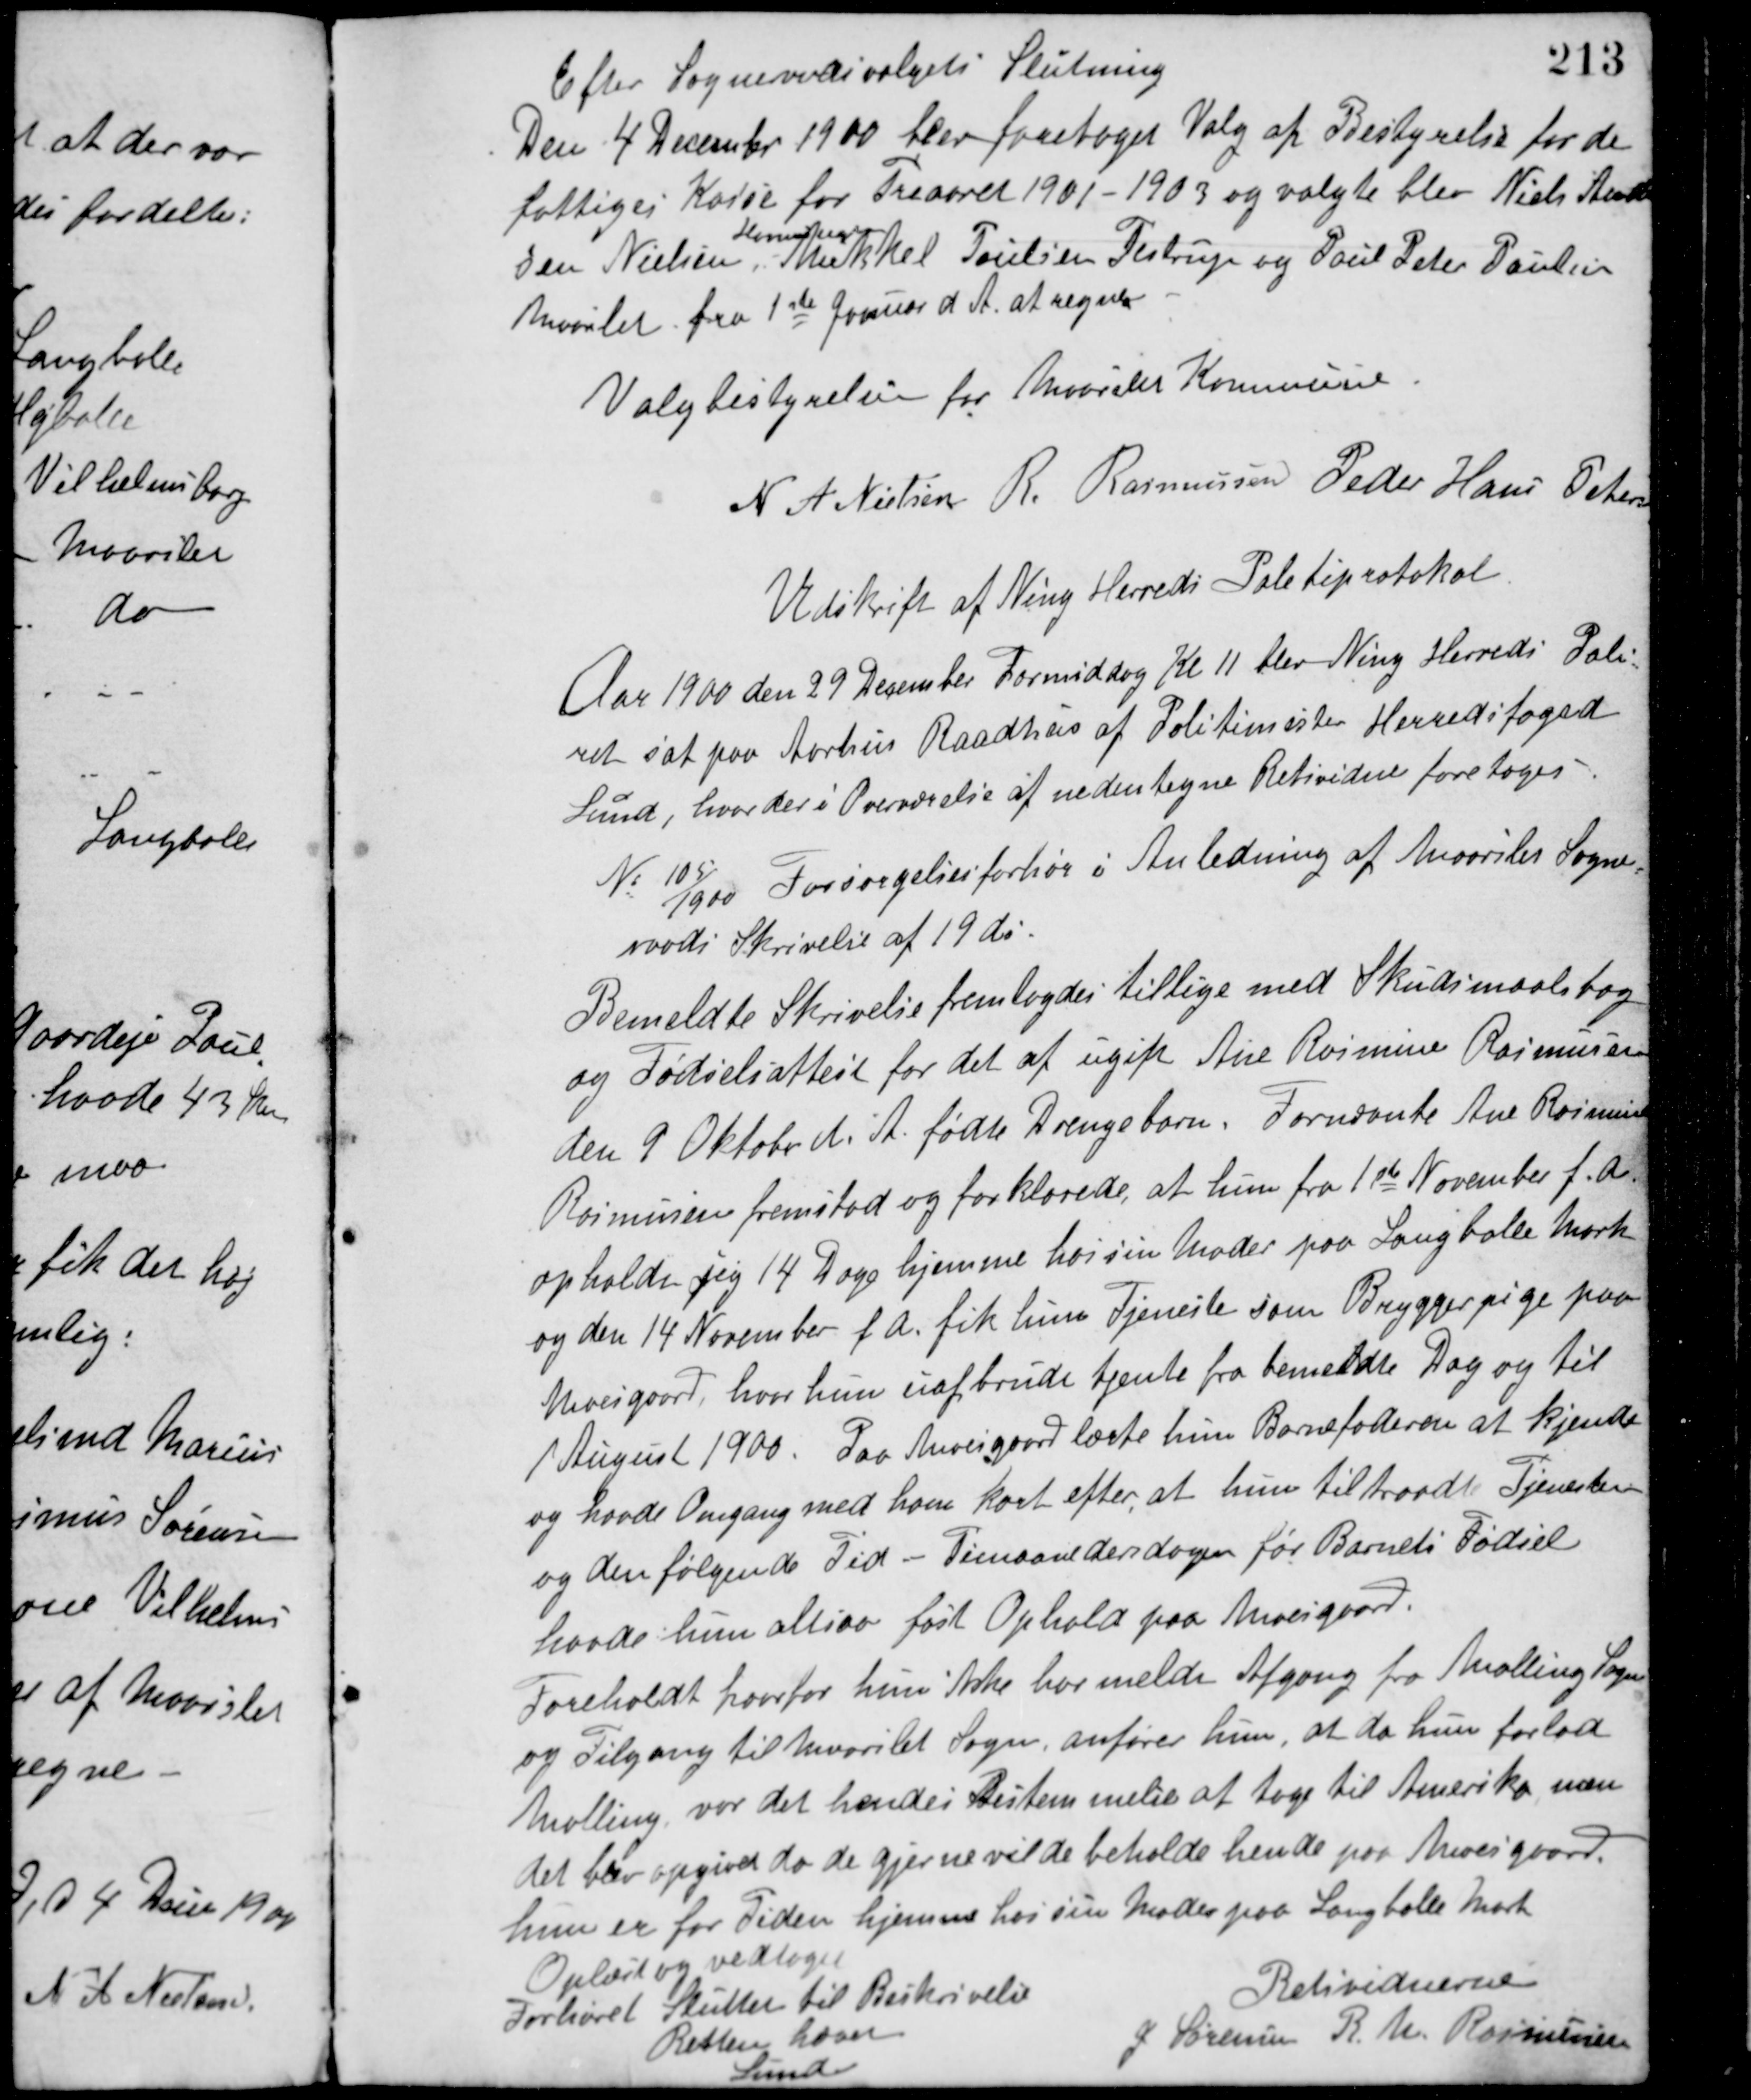
Transskription:
Efter Sogneraadsvalgets Slutning
Den 4 December 1900 blev foretaget Valg af Bestyrelse for de
fattiges Kasse for Treaaret 1901 -1903 og valgte blev Niels Ander-
sen Nielsen,
Kornhandler
Mikkel Poulsen Testrup og Poul Peter Poulsen
Maarslet fra 1ste Januar d A at regne.
Valgbestyrelsen for Maarslet Kommune
N A Nielsen R. Rasmussen Peder Hans Petersen
Udskrift af Ning Herreds Politiprotokol
Aar 1900 den 29 December Formiddag Kl 11 blev Ning Herreds Poli-
ret sat paa Aarhus Raadhus af Politimester Herredsfoged
Lund, hvor der i Overværelse af nedentegne Retsvidne foretoges
No 105/1900 Forsørgelsesforhør i Anledning af Maarslet Sogne-
raads Skrivelse af 19 ds.
Bemeldte Skrivelse fremlagdes tillige med Skudsmaalsbog
og Fødselsattest for det af ugift Ane Rasmine Rasmussen
den 9 Oktober d. A. fødte Drengebarn. Fornævnte Ane Rasmine
Rasmussen fremstod og forklarede, at hun fra 1ste November f. A.
opholdt sig 14 Dage hjemme hos sin Moder paa Langballe Mark
og den 14 November f A. fik hun Tjeneste som Bryggerpige paa
Moesgaard, hvor hun uafbrudt tjente fra bemeldte Dag og til
1 August 1900. Paa Moesgaard lærte hun Barnefaderen at kjende
og havde Omgang med ham kort efter, at hun tiltraadte Tjenesten
og den følgende Tid - Timaanedersdagen før Barnets Fødsel
havde hun altsaa fast Ophold paa Moesgaard.
Foreholdt hvorfor hun ikke har meldt Afgang fra Malling Sogn
og Tilgang til Maarslet Sogn, anfører hun, at da hun forlod
Malling var det hendes Bestemmelse at tage til Amerika, men
det blev opgivet da de gjerne vilde beholde hende paa Moesgaard.
hun er for Tiden hjemme hos sin Moder paa Langballe Mark.
Oplæst og vedtaget
Forhøret Sluttet til Beskrivelse
Retten hæves
Lund
Retsvidnerne
J. Sørensen R. M. Rasmussen